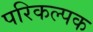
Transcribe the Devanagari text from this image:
परिकल्पक